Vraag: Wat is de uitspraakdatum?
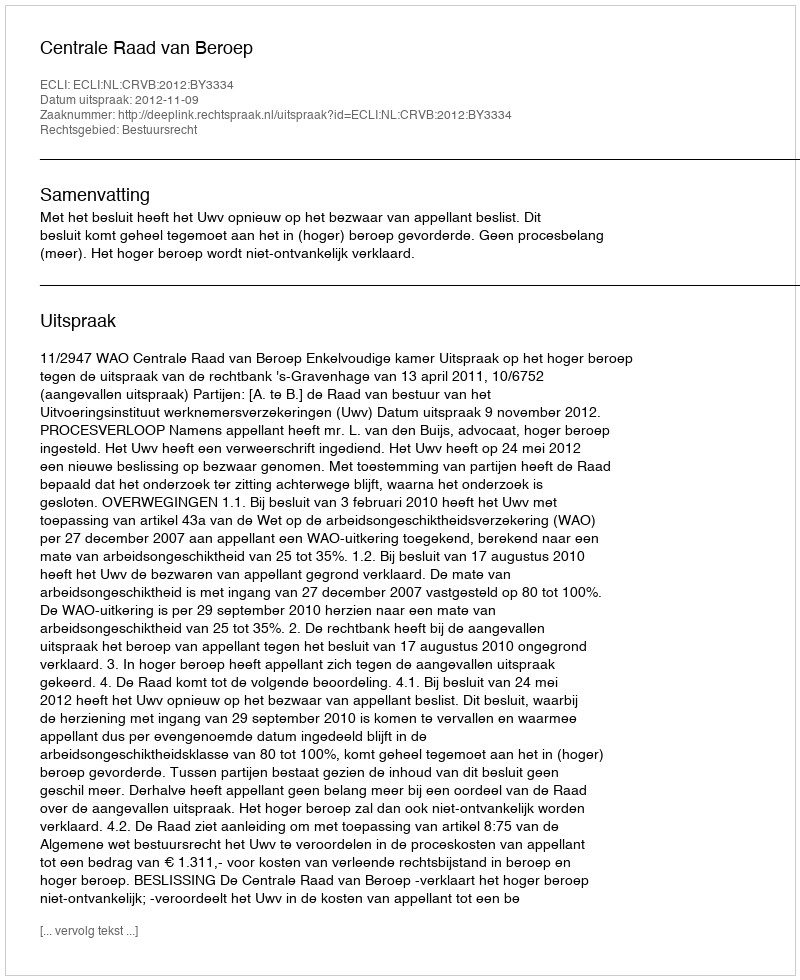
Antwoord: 2012-11-09